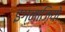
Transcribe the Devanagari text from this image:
इग्नाज़ियो